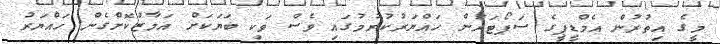
މީގެ އިތުރުން އެމްޑީޕީގެ ސަޕޯޓަރުން ހައްޔަރުކުރުމުގައި ވެސް ވަކި ބަޔަކަށް އަމާޒުކޮށްގެން ހައްޔަރު